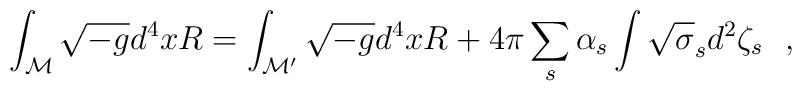
\int_{\cal M} \sqrt{-g}d^4x R=\int_{\cal M'} \sqrt{-g}d^4x R+4\pi\sum_s\alpha_s \int \sqrt{\sigma}_sd^2\zeta_s~~,